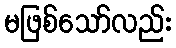
မဖြစ်သော်လည်း